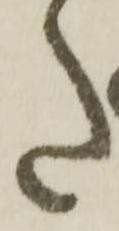
た